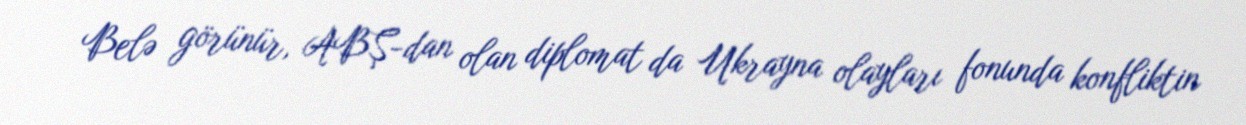
Belə görünür, ABŞ-dan olan diplomat da Ukrayna olayları fonunda konfliktin